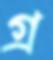
গ্র